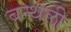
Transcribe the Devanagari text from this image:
बन्थली